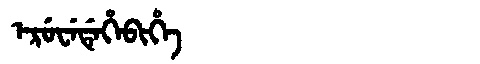
Manchu: ᡝᡵᡠᠸᡝᡩᡝᡥᡝᠪᡳᡥᡝ
Romanization: ERUWEDEHEBIHE